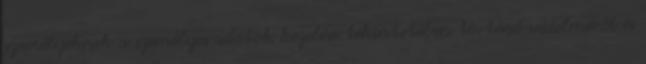
személyeknek a személyes adatok kezelése tekintetében történő védelméről és